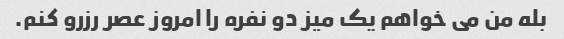
بله من می خواهم یک میز دو نفره را امروز عصر رزرو کنم.